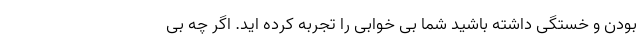
بودن و خستگی داشته باشید شما بی خوابی را تجربه کرده اید. اگر چه بی